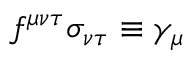
f ^ { \mu \nu \tau } \sigma _ { \nu \tau } \equiv \gamma _ { \mu }